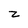
Character: 2